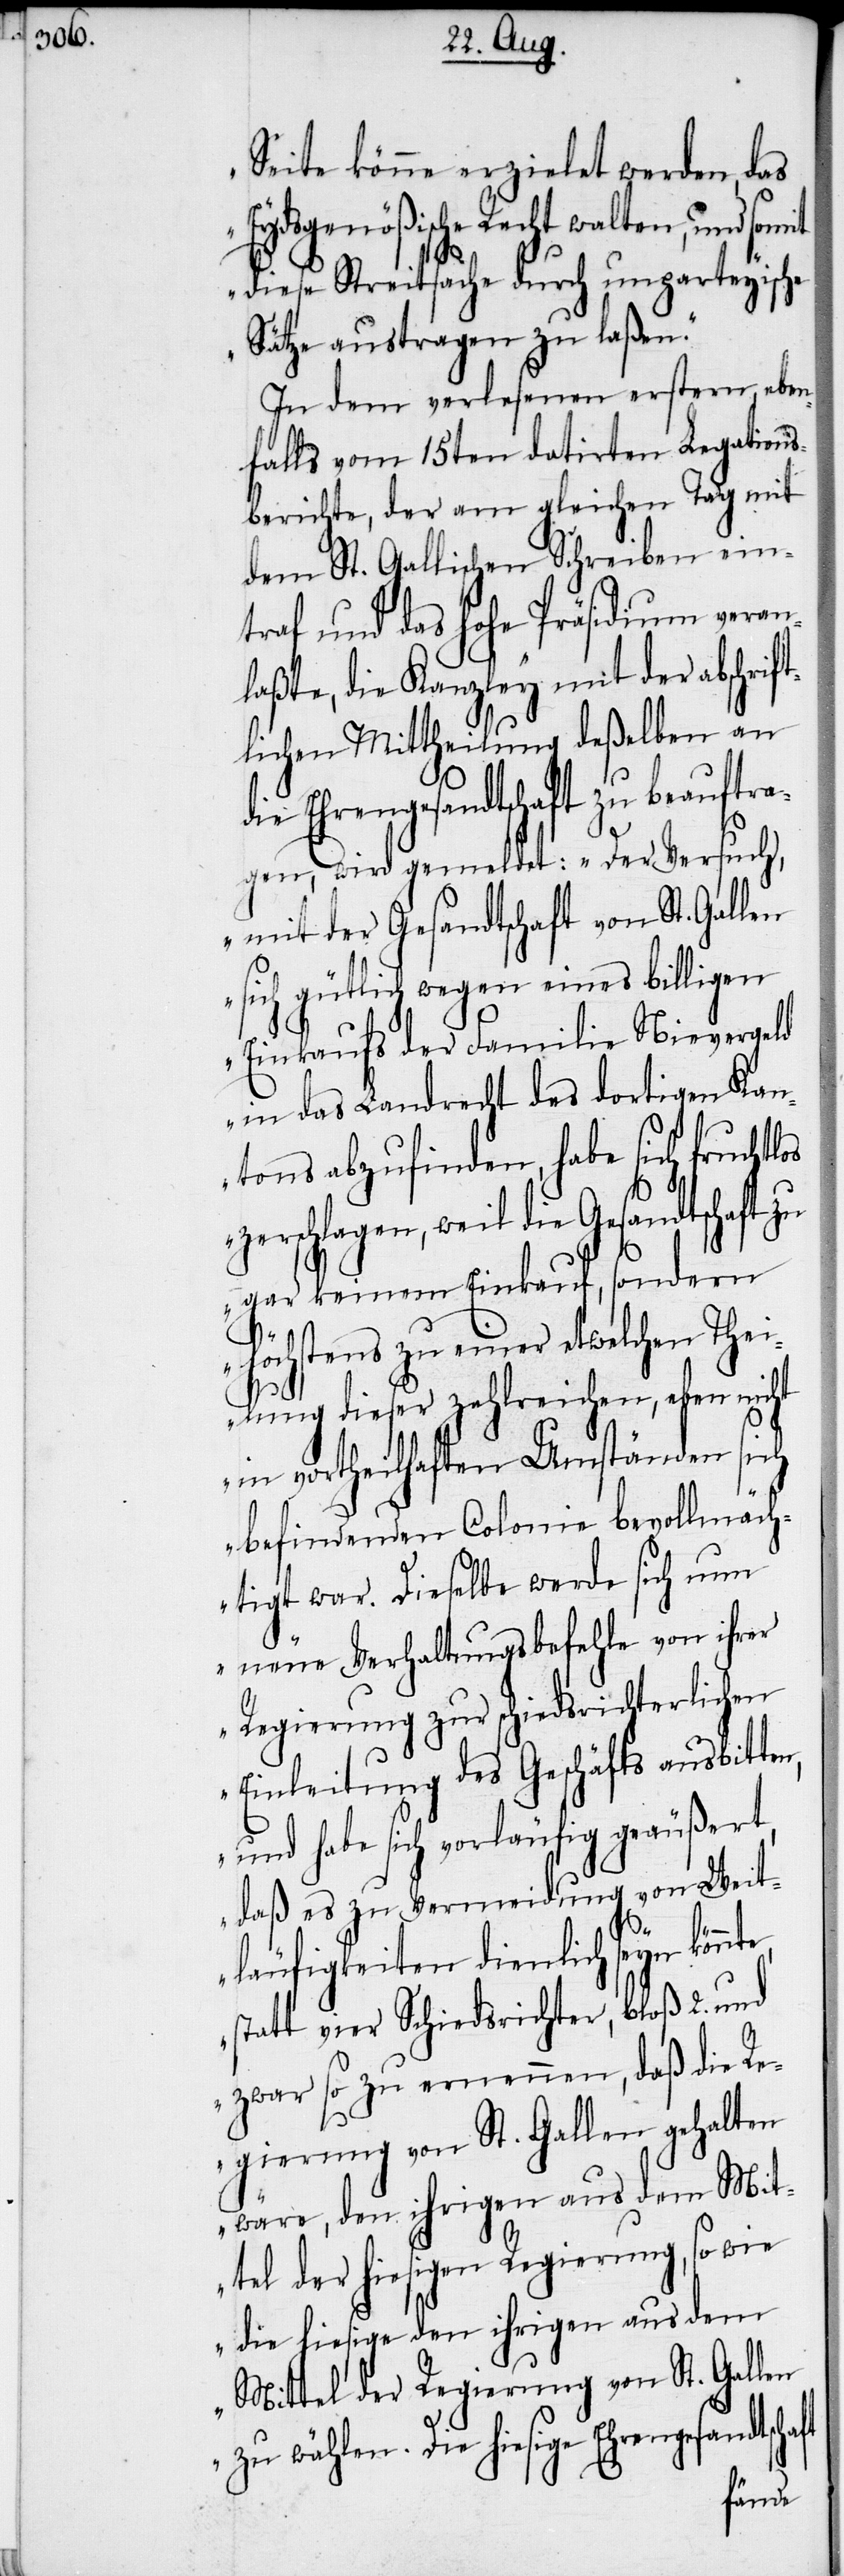
Seite könne erzielet werden, das
Eydsgenößische Recht walten, und
diese Streitsache durch unparteyische
Sätze austragen zu laßen.“
In dem verlesenen erstern, eben¬
falls vom 15ten datirten Legation¬
berichte, der am gleichen Tag mit
dem St. Gallischen Schreiben ein¬
traf und das hohe Präsidium veran¬
laßte, die Kanzley mit der abschrif¬
tlichen Mittheilung deßelben an
die Ehrengesandtschaft zu beauftra¬
gen, wird gemeldet: „Der Versuch,
mit der Gesandtschaft von St. Gallen
sich gütlich wegen eines billigen
Einkaufs der Familie Nievergeld
in das Landrecht des dortigen Kan¬
tons abzufinden, habe sich fruchtlos
Die hiesige Ehrengesandtschaft
gar keinem Einkauf, sondern
höchstens zu einer etwelchen Thei¬
lung dieser zahlreichen, eben nicht
in vortheilhaften Umständen sich
befindenden Colonie bevollmäch¬
tigt war. Dieselbe werde sich nun
neue Verhaltungsbefehle von ihrer
Regierung zur schiedsrichterlichen
Einleitung des Geschäfts ausbitt¬
und habe sich vorläufig geäußert,
daß es zu Vermeidung von Weit¬
läufigkeiten dienlich seyn kön¬
statt vier Schiedsrichter, bloß 2. und
zwar so zu ernennen, daß die Re¬
gierung von St. Gallen gehalten
wäre, den ihrigen aus dem Mit¬
tel der hiesigen Regierung, so wie
die hiesige den ihrigen aus dem
Mittel der Regierung von St. Gallen
nte,
s¬
zu wählen.